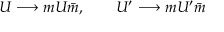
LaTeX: U \longrightarrow m U \bar { m } , ~ ~ ~ ~ ~ ~ U ^ { \prime } \longrightarrow m U ^ { \prime } \bar { m }